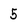
Character: 5